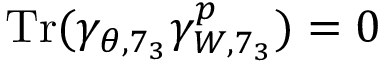
\mathrm { T r } ( \gamma _ { \theta , 7 _ { 3 } } \gamma _ { W , 7 _ { 3 } } ^ { p } ) = 0